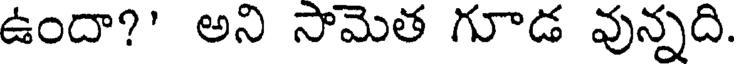
ఉందా?' అని సామెత గూడ వున్నది.